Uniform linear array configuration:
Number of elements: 24
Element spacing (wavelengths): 0.75
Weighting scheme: blackman
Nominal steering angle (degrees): -15
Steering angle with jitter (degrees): -15.516
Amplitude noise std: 0.05
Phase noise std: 0.05

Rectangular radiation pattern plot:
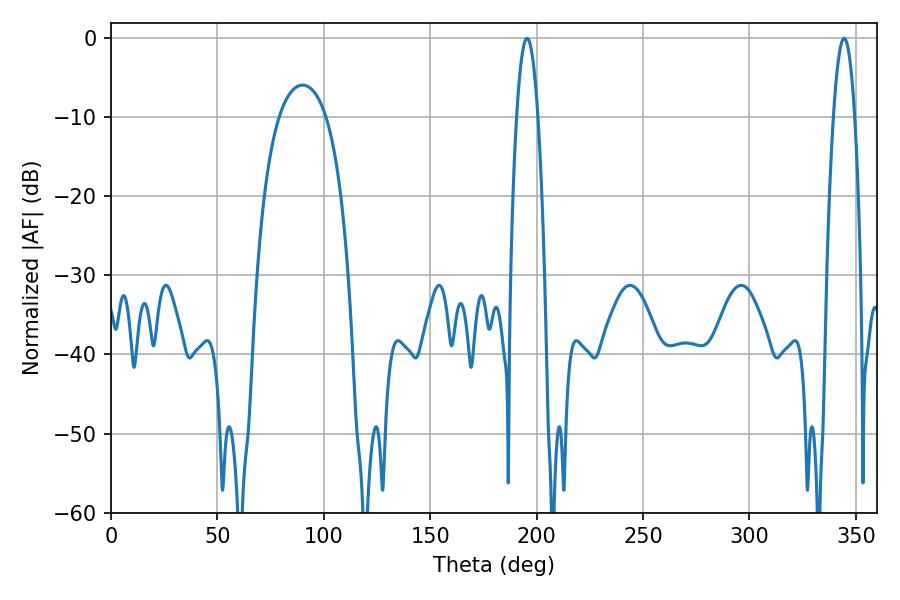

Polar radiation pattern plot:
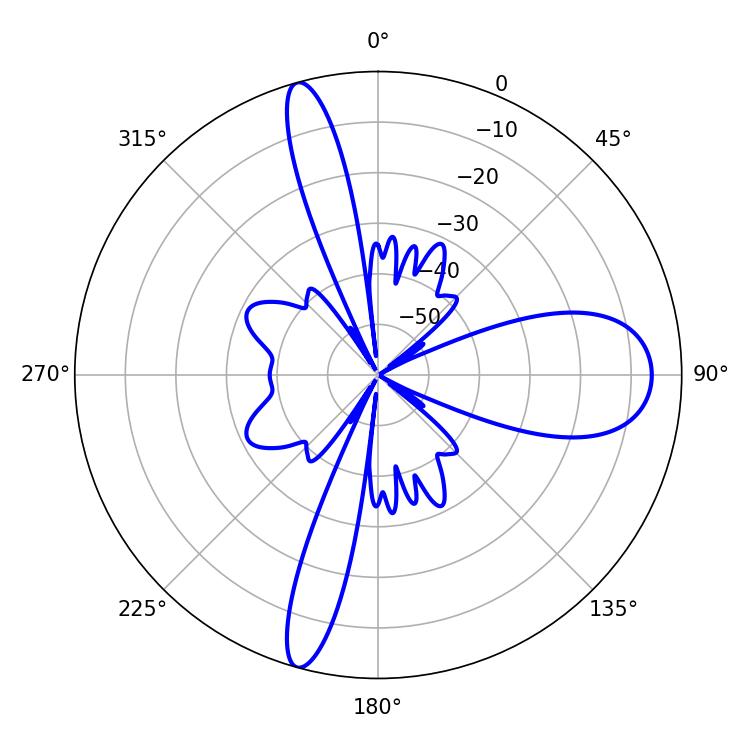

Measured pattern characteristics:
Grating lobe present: TRUE
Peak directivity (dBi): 18.075
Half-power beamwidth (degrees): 5.4
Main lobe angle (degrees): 195.48